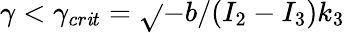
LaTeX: \gamma<\gamma_{cr\mathit{i}t}=\sqrt{}{{-b/(I_{2}-I_{3})k_{3}}}